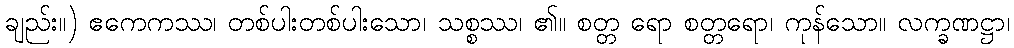
ချည်း။) ဧကေကဿ၊ တစ်ပါးတစ်ပါးသော၊ သစ္စဿ၊ ၏။ စတ္တ ရော စတ္တရော၊ ကုန်သော။ လက္ခဏဋ္ဌာ၊